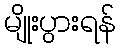
မျိုးပွားရန်